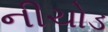
નીચોડ